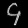
Digit: ၄